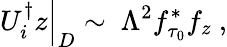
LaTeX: U_{i}^{\dagger}z\Big|_{D}\sim\ \Lambda^{2}f_{\tau_{0}}^{*}f_{z}\ ,